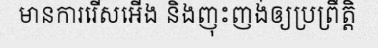
មានការរើសអើង និងញុះញង់ឲ្យប្រព្រឹត្តិ